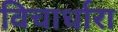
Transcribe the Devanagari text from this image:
विचार्धारा